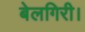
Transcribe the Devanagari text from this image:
बेलगिरी।